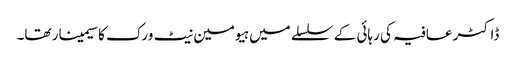
ڈاکٹر عافیہ کی رہائی کے سلسلے میں ہیومین نیٹ ورک کا سیمینار تھا۔